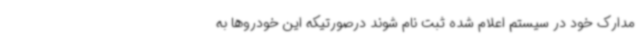
مدارک خود در سیستم اعلام شده ثبت نام شوند درصورتیکه این خودروها به